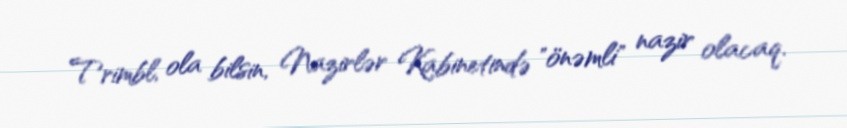
Trimbl, ola bilsin, Nazirlər Kabinetində "önəmli" nazir olacaq.